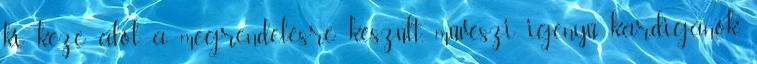
ki keze alól a megrendelésre készült, művészi igényű kardigánok,